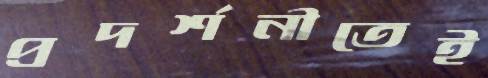
প্রদর্শনীতেই